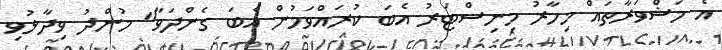
އެ މަޝްވަރާތައް މިހާރު މިނިސްޓަރު އެބަ ކުރައްވަމުން އެބަ ގެންދަވާ" މުންދު ވިދާޅުވި